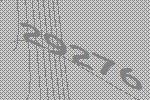
29276